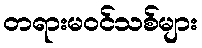
တရားမဝင်သစ်များ